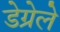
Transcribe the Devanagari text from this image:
डेग्रेले